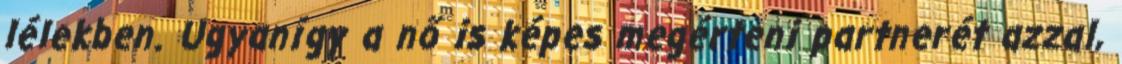
lélekben. Ugyanígy a nő is képes megérteni partnerét azzal,